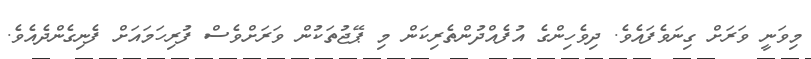
މިވަނީ ވަރަށް ގިނަވެފައެވެ. ދިވެހިންގެ އުފެއްދުންތެރިކަން މި ޕޭޖުތަކުން ވަރަށްވެސް ފުރިހަމައަށް ފެނިގެންދެއެވެ.